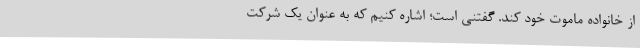
از خانواده ماموت خود کند. گفتنی است؛ اشاره کنیم که به عنوان یک شرکت